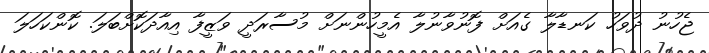
ޖެހުނު ދުވަހު ކަނޑާލާ ގެއަށް ފޮނުވާނުލާ އެމީހުންނަށް މުސާރަދީ ވަޒީފާ އިއާދަކޮށްބަލަ. ކޮންކަހަލަ